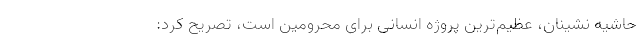
حاشیه نشینان، عظیم‌ترین پروژه‌ انسانی برای محرومین است، تصریح کرد: